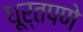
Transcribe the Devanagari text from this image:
धूर्तपणे